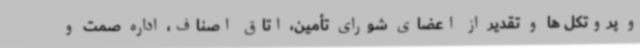
و پروتکل ها و تقدیر از اعضای شورای تأمین، اتاق اصناف، اداره صمت و